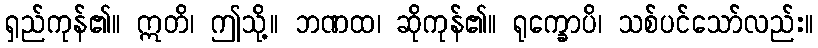
ရှည်ကုန်၏။ ဣတိ၊ ဤသို့။ ဘဏထ၊ ဆိုကုန်၏။ ရုက္ခောပိ၊ သစ်ပင်သော်လည်း။